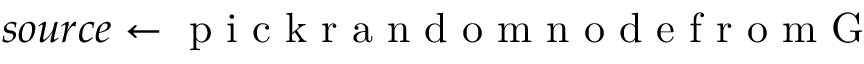
s o u r c e \gets \mathrm { ~ p ~ i ~ c ~ k ~ r ~ a ~ n ~ d ~ o ~ m ~ n ~ o ~ d ~ e ~ f ~ r ~ o ~ m ~ G ~ }